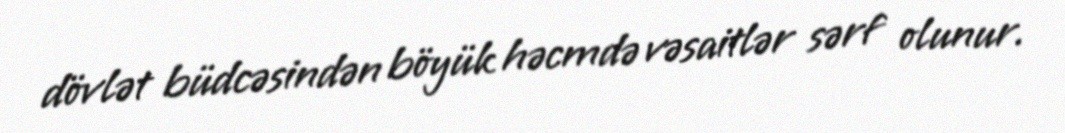
dövlət büdcəsindən böyük həcmdə vəsaitlər sərf olunur.